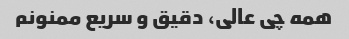
همه چی عالی، دقیق و سریع ممنونم